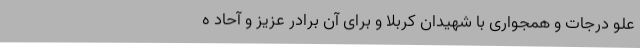
علو درجات و همجواری با شهیدان کربلا و برای آن برادر عزیز و آحاد ه